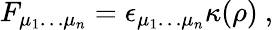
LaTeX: F_{\mu_{1}\dots\mu_{n}}=\epsilon_{\mu_{1}\dots\mu_{n}}\kappa(\rho)~,